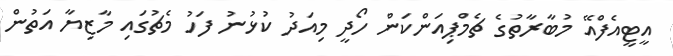
އީޓީއެފްއޭ މުބާރާތުގެ ޗެމްޕިއަންކަން ހޯދީ މިއަދު ކުޅުނު ފަހު މެޗުގައި މާޒިޔާ އަތުން